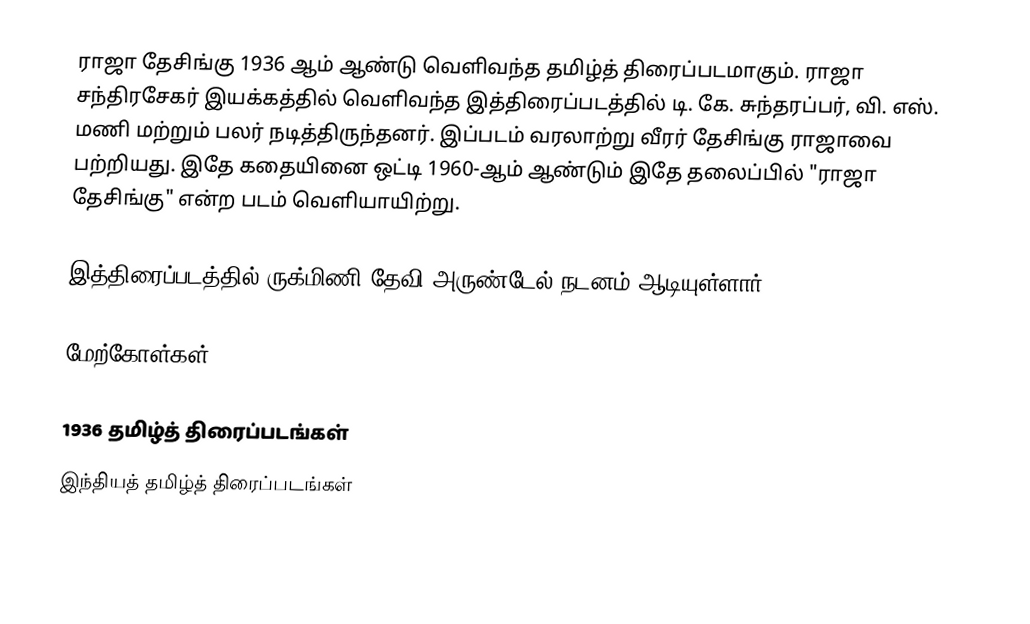
ராஜா தேசிங்கு 1936 ஆம் ஆண்டு வெளிவந்த தமிழ்த் திரைப்படமாகும். ராஜா சந்திரசேகர் இயக்கத்தில் வெளிவந்த இத்திரைப்படத்தில் டி. கே. சுந்தரப்பர், வி. எஸ். மணி மற்றும் பலர் நடித்திருந்தனர். இப்படம் வரலாற்று வீரர் தேசிங்கு ராஜாவை பற்றியது. இதே கதையினை ஒட்டி 1960-ஆம் ஆண்டும் இதே தலைப்பில் "ராஜா தேசிங்கு" என்ற படம் வெளியாயிற்று.

இத்திரைப்படத்தில் ருக்மிணி தேவி அருண்டேல் நடனம் ஆடியுள்ளார்.

மேற்கோள்கள்

1936 தமிழ்த் திரைப்படங்கள்
இந்தியத் தமிழ்த் திரைப்படங்கள்